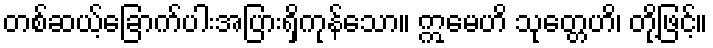
တစ်ဆယ့်ခြောက်ပါးအပြားရှိကုန်သော။ ဣမေဟိ သုတ္တေဟိ၊ တို့ဖြင့်။